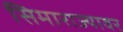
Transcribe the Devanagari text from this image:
सिमाराज्यावर